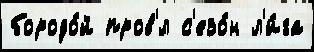
бородо́й пров'́л с'езо́н л'и́га